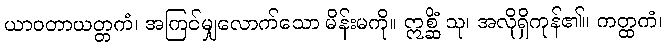
ယာဝတာယတ္တကံ၊ အကြင်မျှလောက်သော မိန်းမကို။ ဣစ္ဆိံ သု၊ အလိုရှိကုန်၏။ ကတ္ထကံ၊